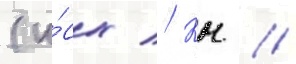
(и́сх // Кн //